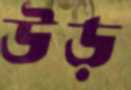
উড়